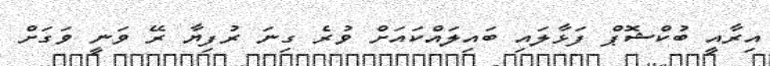
އިރާއީ ބުކްޝޮޕް ފަޅާލައި ބައިލައްކައަށް ވުރެ ގިނަ ރުފިޔާ ރޭ ވަނީ ވަގަށް